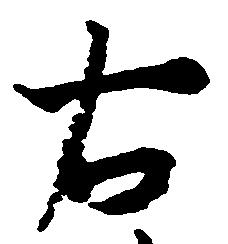
右